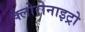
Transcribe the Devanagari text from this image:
क्लोरोनाइट्रो